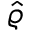
\hat { \varrho }